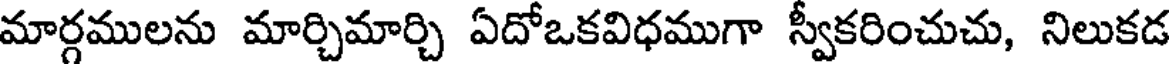
మార్గములను మార్చిమార్చి ఏదోఒకవిధముగా స్వీకరించుచు, నిలుకడ